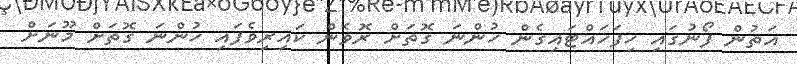
އަތުން ފޯނުގައި ހިފަހައްޓައިގެން ހުންނަ ގޮތަށް ރޮވެން ކައިރިވެފައި ހުންނަ ގޮތަށް މޫނަށް